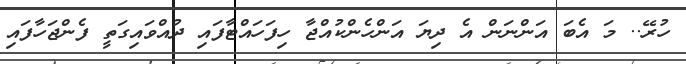
ހުރޭ.. މަ އެބަ އަންނަން އެ ދިޔަ އަންހެންކުއްޖާ ހިފަހައްޓާފައި ދުއްވައިގަތީ ފެންޖަހާފައި